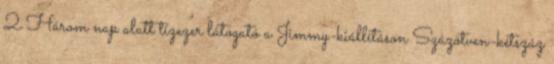
2 Három nap alatt tízezer látogató a Jimmy-kiállításon Százötven-kétszáz